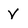
Character: v